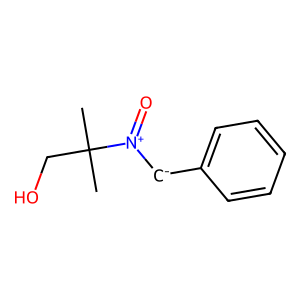
SMILES: CC(C)(CO)[N+](=O)[CH-]c1ccccc1
Inhibits HIV replication: No